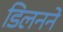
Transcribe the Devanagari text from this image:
डिलनने